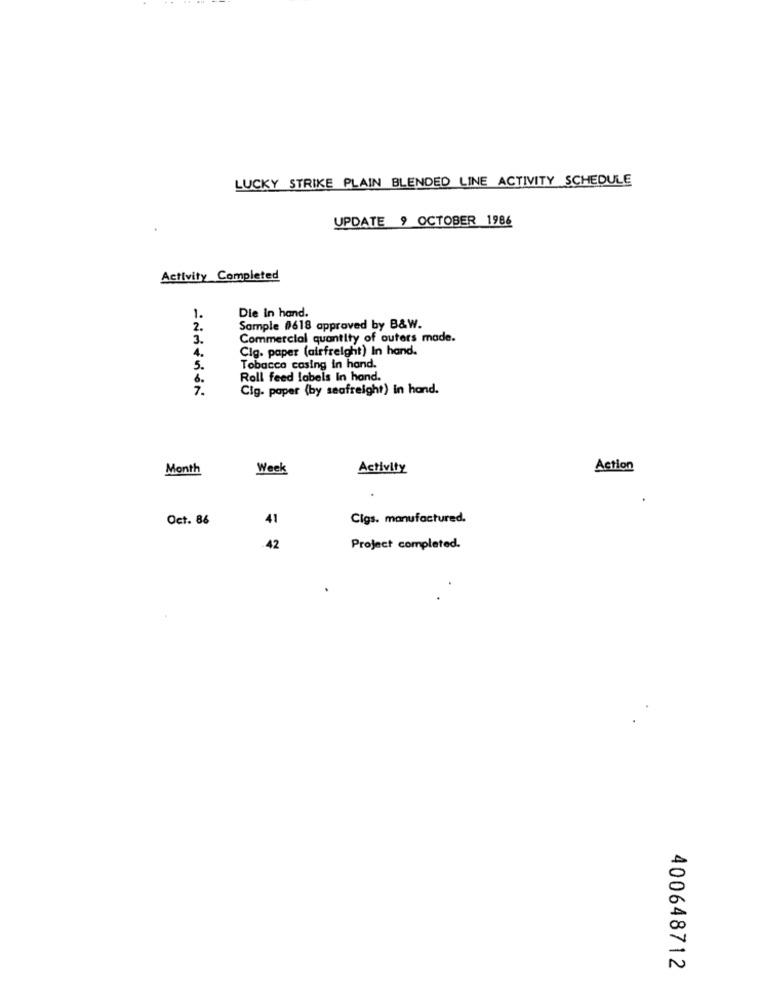
LUCKY STRIKE PLAIN BLENDED LINE ACTIVITY SCHEDULE
UPDATE 9 OCTOBER 1986
Activity Completed
1.
Die In hand.
2.
Sample #618 approved by B&W.
3.
Commercial quantity of outers made.
4.
Cig. paper (airfreight) In hand.
5.
Tobacco casing in hand.
6 .
Roll feed labels In hand.
Cig. paper (by seafreight) in hand.
Month
Week
Activity
Action
Oct. 86
41
Cigs. manufactured.
42
Project completed.
400648712